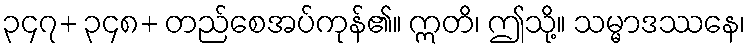
၃၄၇+ ၃၄၈+ တည်စေအပ်ကုန်၏။ ဣတိ၊ ဤသို့။ သမ္မာဒဿနေ၊